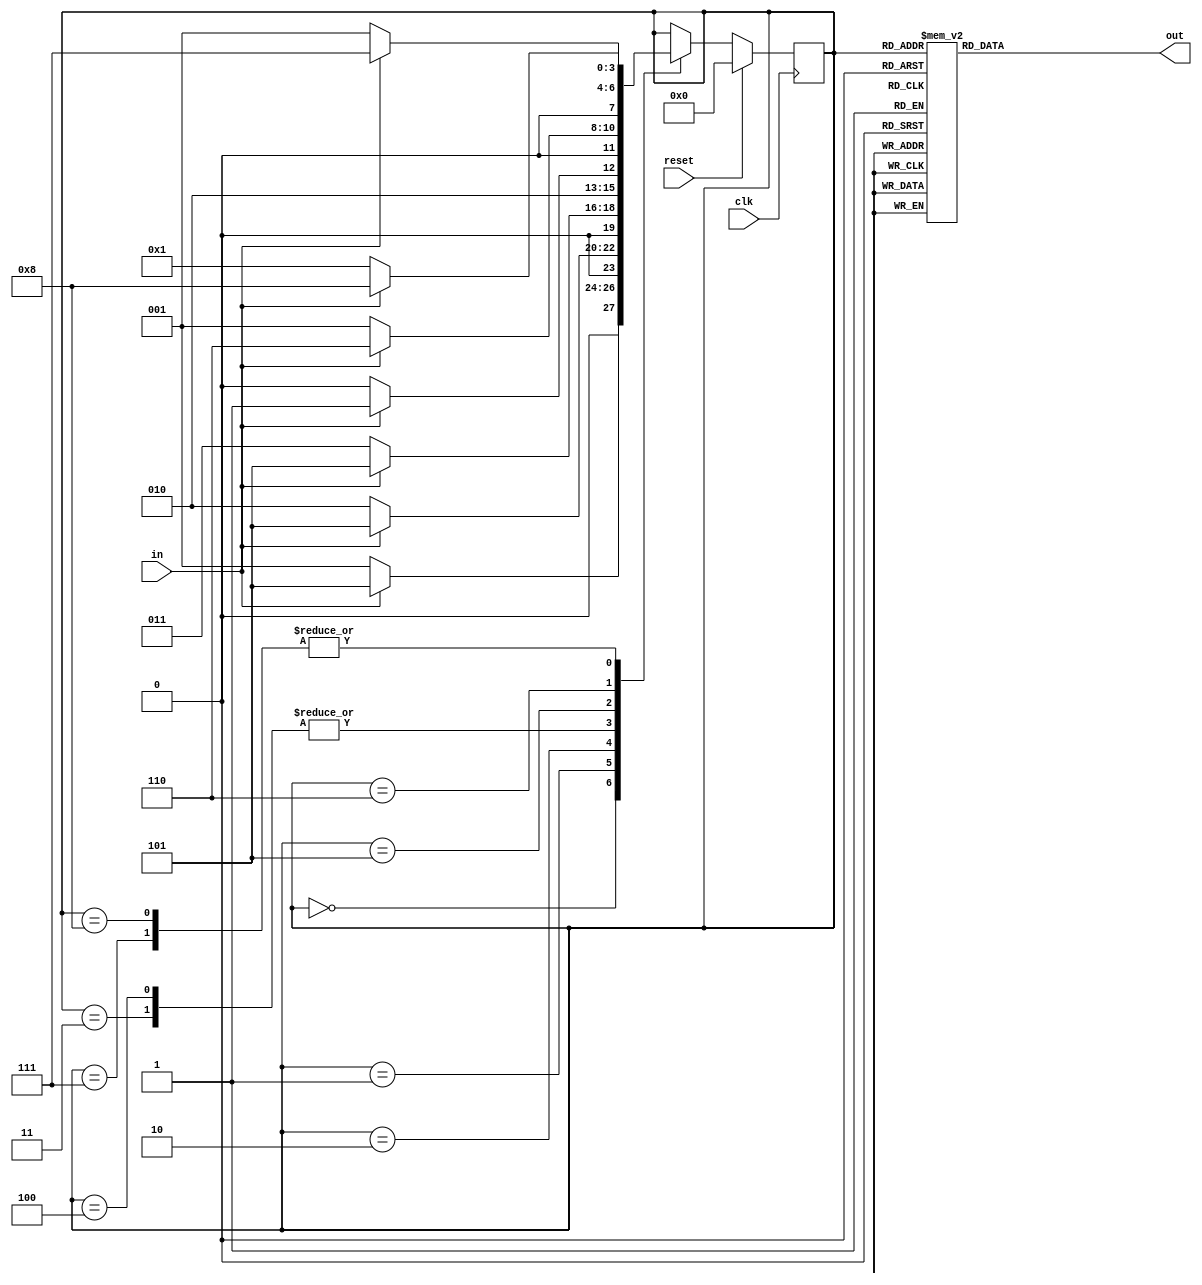
module exp8_0
 (
     input   clk, in, reset,
     output reg out
 );

 reg [3:0] state;
 // Declare states
 parameter S0 = 0, S1 = 1, S2 = 2, S3 = 3,
      S4 = 4, S5 = 5, S6 = 6, S7 = 7, S8 = 8;

 // Output depends only on the state
   always @ (state) begin
 case (state)
         S0: out = 1'b0;
         S1: out = 1'b0;
         S2: out = 1'b0;
         S3: out = 1'b0;
         S4: out = 1'b1;
         S5: out = 1'b0;
         S6: out = 1'b0;
         S7: out = 1'b0;
         S8: out = 1'b1;
 default: out = 1'bx;
 endcase
 end

   // Determine the next state
   always @ (posedge clk) begin
 if (reset) state <= S0;
 else
 case (state)
          S0: if (in) state <= S5; else  state <= S1;
          S1: if (in) state <= S5; else state <= S2;
          S2: if (in) state <= S5; else state <= S3;
          S3: if (in) state <= S5; else state <= S4;
          S4: if (in) state <= S5; else state <= S4;
          S5: if (in) state <= S6; else state <= S1;
          S6: if (in) state <= S7; else state <= S1;
          S7: if (in) state <= S8; else state <= S1;
          S8: if (in) state <= S8; else state <= S1;
        endcase
 end

 endmodule